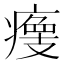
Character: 𤹹